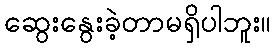
ဆွေးနွေးခဲ့တာမရှိပါဘူး။